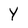
Character: Y